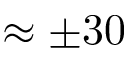
\approx \pm 3 0